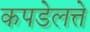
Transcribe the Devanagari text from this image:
कपडेलत्ते